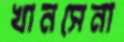
খানসেনা